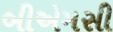
બીએમસી